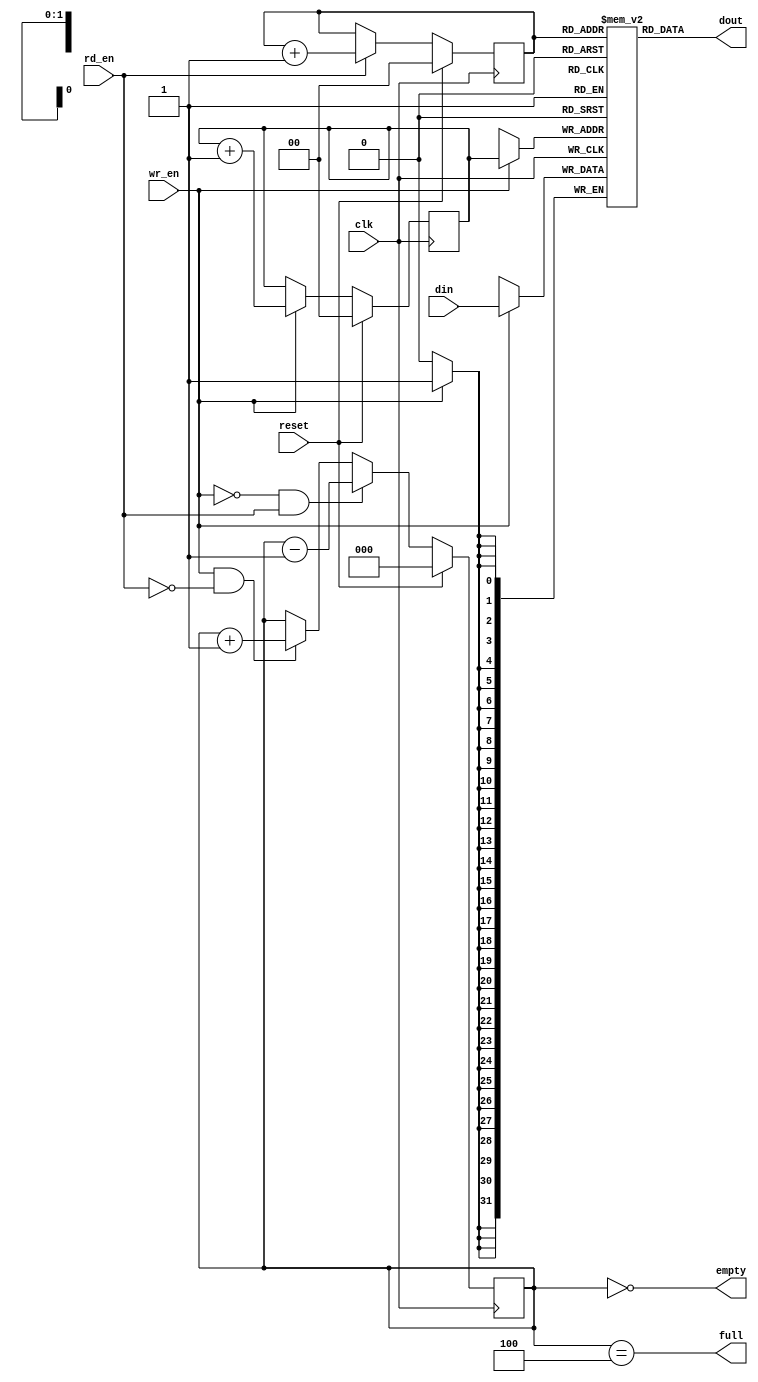
///////////////////////////////////////////////////////////////////////////////
// $Id: fifo_4x32.v 1887 2007-06-19 21:33:32Z grg $
//
// Module: fifo_4x32.v
// Project: CPCI (PCI Control FPGA)
// Description: Small 4 x 32-bit FIFO
//
// Change history:
//
///////////////////////////////////////////////////////////////////////////////


module fifo_4x32(
            // PCI Signals
            input [31:0]   din,     // Data in
            input          wr_en,   // Write enable

            input          rd_en,   // Read the next word

            output [31:0]  dout,    // Data out
            output         full,
            output         empty,

            input          reset,
            input          clk
         );


parameter MAX_DEPTH_BITS   = 2;
parameter MAX_DEPTH        = 2 ** MAX_DEPTH_BITS;

reg [31:0] queue [MAX_DEPTH - 1 : 0];
reg [MAX_DEPTH_BITS - 1 : 0] rd_ptr;
reg [MAX_DEPTH_BITS - 1 : 0] wr_ptr;
reg [MAX_DEPTH_BITS - 1 + 1 : 0] depth;

// Sample the data
always @(posedge clk)
begin
   if (wr_en)
      queue[wr_ptr] <= din;
end

always @(posedge clk)
begin
   if (reset) begin
      rd_ptr <= 'h0;
      wr_ptr <= 'h0;
      depth <= 'h0;
   end
   else begin
      if (wr_en) wr_ptr <= wr_ptr + 'h1;
      if (rd_en) rd_ptr <= rd_ptr + 'h1;
      if (wr_en & ~rd_en) depth <= depth + 'h1;
      if (~wr_en & rd_en) depth <= depth - 'h1;
   end
end

assign dout = queue[rd_ptr];
assign full = depth == MAX_DEPTH;
assign empty = depth == 'h0;

// synthesis translate_off
always @(posedge clk)
begin
   if (wr_en && depth == MAX_DEPTH && !rd_en)
      $display($time, " ERROR: Attempt to write to full FIFO: %m");
   if (rd_en && depth == 'h0)
      $display($time, " ERROR: Attempt to read an empty FIFO: %m");
end
// synthesis translate_on

endmodule // fifo_4x32

/* vim:set shiftwidth=3 softtabstop=3 expandtab: */